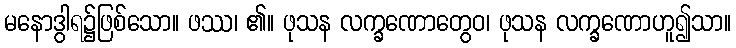
မနောဒွါရ၌ဖြစ်သော။ ဖဿ၊ ၏။ ဖုသန လက္ခဏောတွေဝ၊ ဖုသန လက္ခဏောဟူ၍သာ။